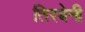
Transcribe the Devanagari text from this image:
तिरबेनी